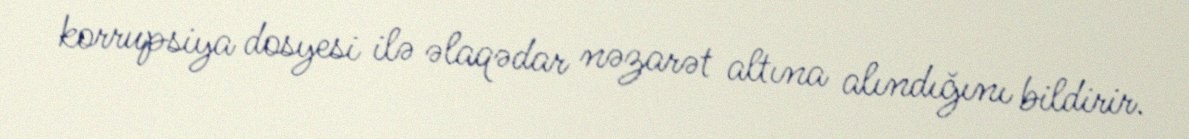
korrupsiya dosyesi ilə əlaqədar nəzarət altına alındığını bildirir.